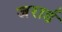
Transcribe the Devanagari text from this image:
जरार्ड